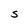
Character: S